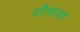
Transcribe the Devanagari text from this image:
शौचासह